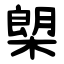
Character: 㮾